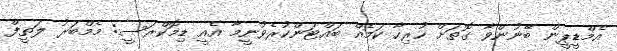
އެމްޑީޕީން ބޭނުންވާ ގޮތަށް ހުރިހާ ކަމެއް ބައްޓަންކުރެވުނީމާ އެއީ ޑިމޮކްރަސީ: މެމްބަރު ލަތީފް